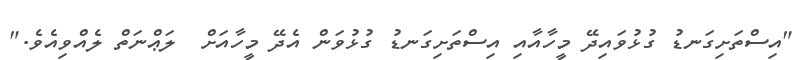
"އިސްތަށިގަނޑު ގުޅުވައިދޭ މީހާއާއި އިސްތަށިގަނޑު ގުޅުވަން އެދޭ މީހާއަށް  ލަޢްނަތް ލެއްވިއެވެ."